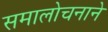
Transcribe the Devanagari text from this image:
समालोचनाने